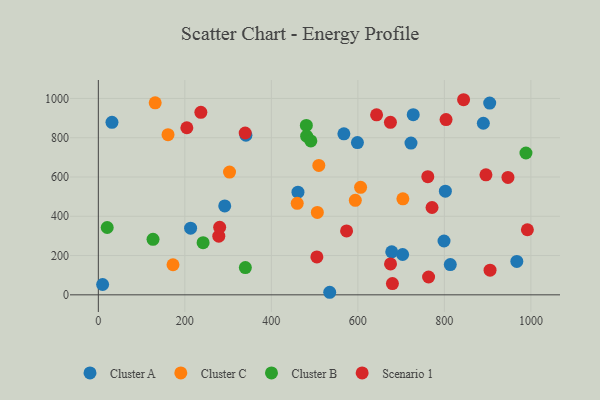
{"axis": {"x": "Price", "y": "Rating"}, "legend": ["Cluster A", "Cluster B", "Cluster C", "Scenario 1"], "data": [{"x": "31.5", "y": 878.6, "type": "Cluster A"}, {"x": "722.8", "y": 772.8, "type": "Cluster A"}, {"x": "213.3", "y": 339.4, "type": "Cluster A"}, {"x": "9.9", "y": 52.7, "type": "Cluster A"}, {"x": "967.5", "y": 170.0, "type": "Cluster A"}, {"x": "728.0", "y": 917.3, "type": "Cluster A"}, {"x": "904.8", "y": 976.6, "type": "Cluster A"}, {"x": "567.7", "y": 819.8, "type": "Cluster A"}, {"x": "703.5", "y": 205.4, "type": "Cluster A"}, {"x": "341.2", "y": 812.6, "type": "Cluster A"}, {"x": "799.2", "y": 274.0, "type": "Cluster A"}, {"x": "678.3", "y": 219.2, "type": "Cluster A"}, {"x": "534.9", "y": 13.0, "type": "Cluster A"}, {"x": "813.7", "y": 153.9, "type": "Cluster A"}, {"x": "461.5", "y": 522.6, "type": "Cluster A"}, {"x": "292.2", "y": 452.6, "type": "Cluster A"}, {"x": "890.1", "y": 873.8, "type": "Cluster A"}, {"x": "802.3", "y": 527.7, "type": "Cluster A"}, {"x": "599.0", "y": 775.2, "type": "Cluster A"}, {"x": "594.1", "y": 481.4, "type": "Cluster C"}, {"x": "303.3", "y": 625.0, "type": "Cluster C"}, {"x": "704.1", "y": 488.8, "type": "Cluster C"}, {"x": "172.6", "y": 153.2, "type": "Cluster C"}, {"x": "131.4", "y": 977.7, "type": "Cluster C"}, {"x": "606.3", "y": 547.6, "type": "Cluster C"}, {"x": "459.8", "y": 465.7, "type": "Cluster C"}, {"x": "506.3", "y": 419.7, "type": "Cluster C"}, {"x": "161.1", "y": 815.6, "type": "Cluster C"}, {"x": "509.7", "y": 658.9, "type": "Cluster C"}, {"x": "480.9", "y": 862.5, "type": "Cluster B"}, {"x": "20.5", "y": 342.9, "type": "Cluster B"}, {"x": "988.6", "y": 722.2, "type": "Cluster B"}, {"x": "481.6", "y": 808.1, "type": "Cluster B"}, {"x": "491.3", "y": 783.6, "type": "Cluster B"}, {"x": "339.9", "y": 139.0, "type": "Cluster B"}, {"x": "242.2", "y": 265.5, "type": "Cluster B"}, {"x": "126.4", "y": 282.5, "type": "Cluster B"}, {"x": "679.9", "y": 57.1, "type": "Scenario 1"}, {"x": "339.5", "y": 824.1, "type": "Scenario 1"}, {"x": "278.5", "y": 298.7, "type": "Scenario 1"}, {"x": "675.3", "y": 878.2, "type": "Scenario 1"}, {"x": "573.9", "y": 325.6, "type": "Scenario 1"}, {"x": "896.1", "y": 611.3, "type": "Scenario 1"}, {"x": "771.5", "y": 444.6, "type": "Scenario 1"}, {"x": "675.5", "y": 157.2, "type": "Scenario 1"}, {"x": "803.9", "y": 892.6, "type": "Scenario 1"}, {"x": "280.5", "y": 344.1, "type": "Scenario 1"}, {"x": "505.2", "y": 192.8, "type": "Scenario 1"}, {"x": "991.9", "y": 331.5, "type": "Scenario 1"}, {"x": "947.0", "y": 597.8, "type": "Scenario 1"}, {"x": "204.6", "y": 850.8, "type": "Scenario 1"}, {"x": "844.4", "y": 993.5, "type": "Scenario 1"}, {"x": "763.5", "y": 90.8, "type": "Scenario 1"}, {"x": "237.0", "y": 929.1, "type": "Scenario 1"}, {"x": "905.6", "y": 125.7, "type": "Scenario 1"}, {"x": "761.7", "y": 601.9, "type": "Scenario 1"}, {"x": "643.3", "y": 916.6, "type": "Scenario 1"}]}